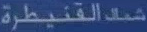
شفق القنيطرة